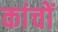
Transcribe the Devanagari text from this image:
कांचों